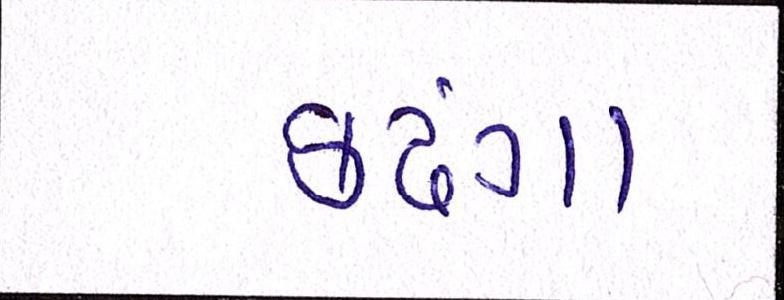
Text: કઢંગા